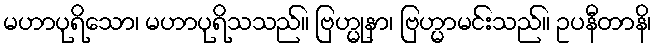
မဟာပုရိသော၊ မဟာပုရိသသည်။ ဗြဟ္မုနာ၊ ဗြဟ္မာမင်းသည်။ ဥပနီတာနိ၊